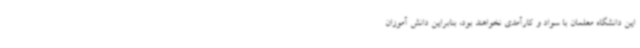
این دانشگاه معلمان با سواد و کارآمدی نخواهند بود، بنابراین دانش آموزان